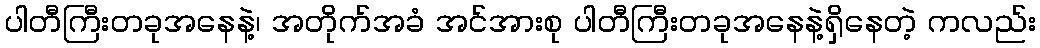
ပါတီကြီးတခုအနေနဲ့၊ အတိုက်အခံ အင်အားစု ပါတီကြီးတခုအနေနဲ့ရှိနေတဲ့ ကလည်း